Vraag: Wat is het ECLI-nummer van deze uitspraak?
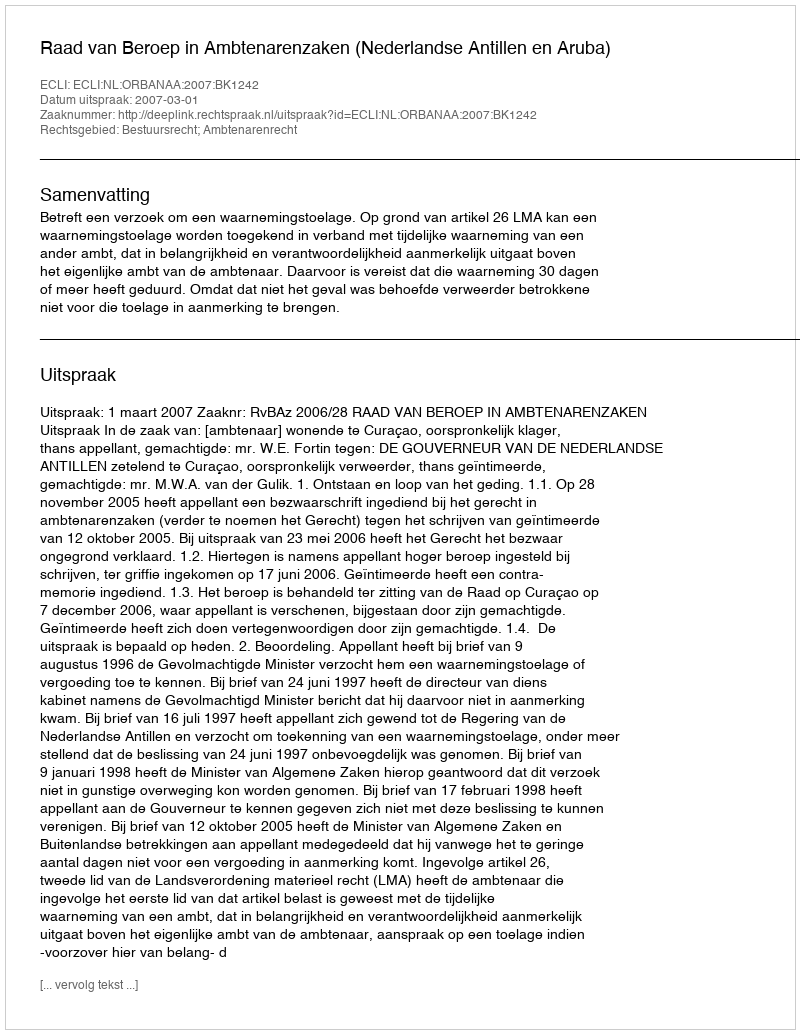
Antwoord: ECLI:NL:ORBANAA:2007:BK1242